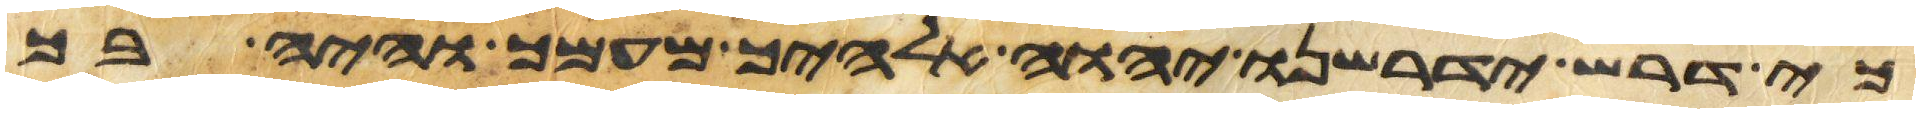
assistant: כי דרש ידרשנו יהוה אלהיך מעמך והיה בך